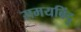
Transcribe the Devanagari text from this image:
समयबिंदु